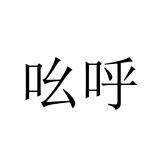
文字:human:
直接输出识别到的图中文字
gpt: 吆呼